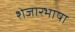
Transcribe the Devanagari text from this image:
शेजारभाषा